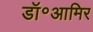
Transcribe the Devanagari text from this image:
डॉ॰आमिर